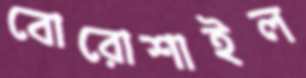
বোরোশাইল